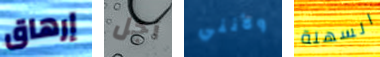
إرهاق أجل ولأنني السهلة